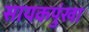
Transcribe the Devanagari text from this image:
सायकपुंखा